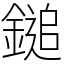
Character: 鎚